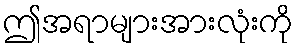
ဤအရာများအားလုံးကို